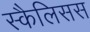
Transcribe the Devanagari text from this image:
स्कैलिसस